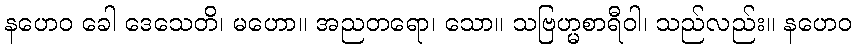
နဟေဝ ခေါ ဒေသေတိ၊ မဟော။ အညတရော၊ သော။ သဗြဟ္မစာရီဝါ၊ သည်လည်း။ နဟေဝ